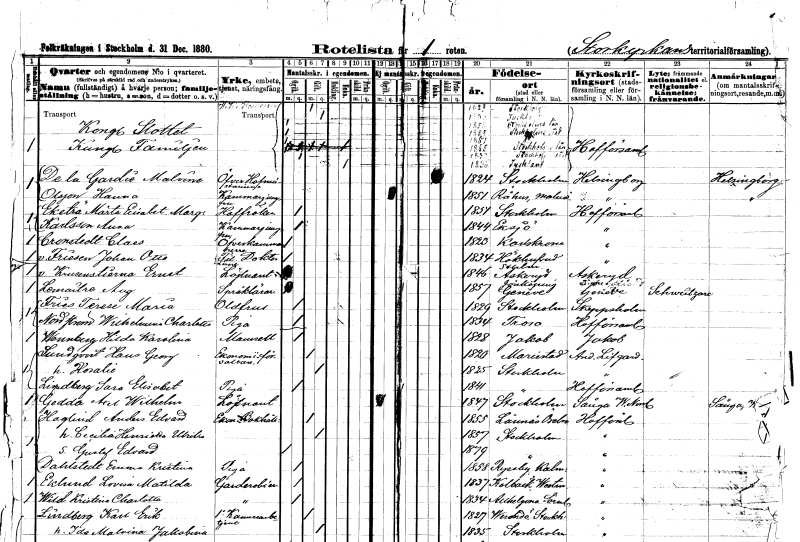
gt_parse: households: individuals: FN: Oscar II Fredrik
KON: M
CIV: G
FODAR: 1829
FODFORS: Stockholm
FN: Sophia Vilhelmina Mariana Henrietta
KON: K
CIV: G
FODAR: 1836
FN: Gustaf Oscar Adolf
KON: M
CIV: O
FODAR: 1858
FODFORS: Stockholm
FN: Oscar Carl August
KON: M
CIV: O
FODAR: 1859
FODFORS: Stockholm
FN: Carl Oscar Vilhelm
KON: M
CIV: O
FODAR: 1861
FODFORS: Stockholm
FN: Eugén Napoleon Nicolaus
KON: M
CIV: O
FODAR: 1865
FODFORS: Stockholm
FN: Charlotta Eugenia Augusta Amalia Albertina
KON: K
CIV: O
FODAR: 1830
FODFORS: Stockholm
FN: Thérèse Amalie Josephine Antoinette
KON: K
CIV: E
FODAR: 1836
FN: Malvina
EN: De la Gardie
YRKE: Överhovmästarinna
KON: K
CIV: E
FODAR: 1824
FODFORS: Stockholm
FN: Hanna
EN: Olsson
YRKE: Kammarjungfru
KON: K
CIV: O
FODAR: 1851
FODFORS: Raus Malmöhus län
FN: Märta Elisabet Margreta
EN: Eketrä
KON: K
CIV: O
FODAR: 1851
FODFORS: Stockholm
FN: Anna
EN: Karlsson
YRKE: Kammarjungfru
KON: K
CIV: O
FODAR: 1844
FODFORS: Eksjö Jönköpings län
FN: Claes
EN: Cronstedt
KON: M
CIV: O
FODAR: 1823
FODFORS: Karlskrona Blekinge län
FN: Johan Otto
EN: v. Frisen
YRKE: Fil. doktor
KON: M
CIV: O
FODAR: 1834
FODFORS: Hökhuvud Uppsala län
FN: Ernst
EN: v. Krusenstjerna
YRKE: Löjtnant
KON: M
CIV: O
FODAR: 1846
FODFORS: Askeryd Jönköpings län
FN: August
EN: Lemaitre
YRKE: Språklärare
KON: M
CIV: O
FODAR: 1857
FN: Terese Maria
EN: Fries
YRKE: Oldfru vid hovet
KON: K
CIV: O
FODAR: 1829
FODFORS: Stockholm
FN: Wilhelmina Charlotta
EN: Nordström
YRKE: Piga
KON: K
CIV: O
FODAR: 1834
FODFORS: Trosa Södermanlands län
FN: Hilda Karolina
EN: Wennberg
KON: K
CIV: O
FODAR: 1828
FODFORS: Jakob och Johannes Stockholms stad
FN: Hans Georg
EN: Lundqvist
YRKE: Ekonomiförvaltare vid hovet
KON: M
CIV: G
FODAR: 1820
FODFORS: Mariestad Skaraborgs län
FN: Rosalie
KON: K
CIV: G
FODAR: 1825
FODFORS: Stockholm
FN: Sara Elisabet
EN: Lindberg
YRKE: Piga
KON: K
CIV: O
FODAR: 1841
FODFORS: Stockholm
FN: Axel Wilhelm
EN: Gedda
YRKE: Löjtnant
KON: M
CIV: O
FODAR: 1847
FODFORS: Stockholm
FN: Anders Edvard
EN: Haglind
YRKE: Ekonomibokhållare vid hovet
KON: M
CIV: G
FODAR: 1855
FODFORS: Lännäs Örebro län
FN: Cecilia Henrika Ulrika
KON: K
CIV: G
FODAR: 1857
FODFORS: Stockholm
FN: Gustaf Edvard
KON: M
CIV: O
FODAR: 1879
FODFORS: Stockholm
FN: Emma Kristina
EN: Dahlstedt
YRKE: Piga
KON: K
CIV: O
FODAR: 1858
FODFORS: Ryssby Kalmar län
FN: Lovisa Matilda
EN: Eklund
YRKE: Garderobiere vid hovet
KON: K
CIV: O
FODAR: 1837
FODFORS: Kolbäck Västmanlands län
FN: Kristina Charlotta
EN: Wild
YRKE: Garderobiere vid hovet
KON: K
CIV: O
FODAR: 1834
FODFORS: Helgona Södermanlands län